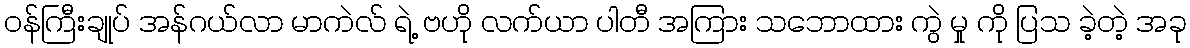
ဝန်ကြီးချုပ် အန်ဂယ်လာ မာကဲလ် ရဲ့ ဗဟို လက်ယာ ပါတီ အကြား သဘောထား ကွဲ မှု ကို ပြသ ခဲ့တဲ့ အခု